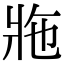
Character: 𤕴